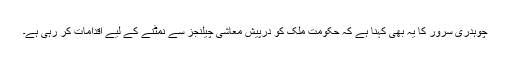
چوہدری سرور کا یہ بھی کہنا ہے کہ حکومت ملک کو درپیش معاشی چیلنجز سے نمٹنے کے لیے اقدامات کر رہی ہے۔